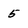
Character: 5